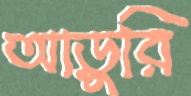
আড়ুরি